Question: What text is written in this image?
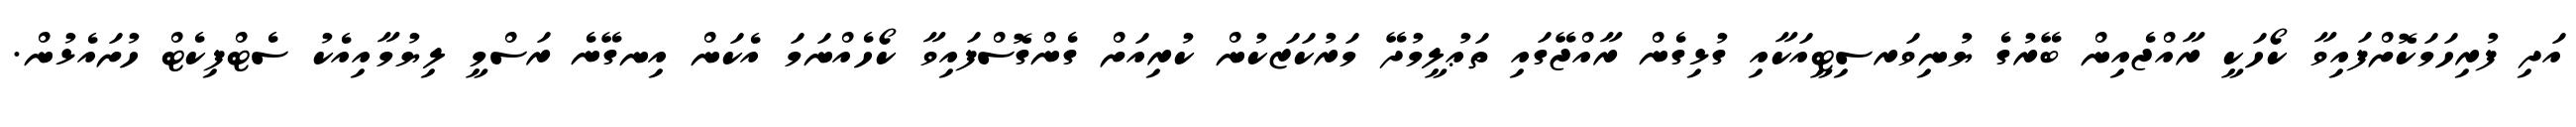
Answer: އަދި ފުރިހަމަކޮށްފައިވާ ކޯހަކީ ރާއްޖެއިން ބޭރުގެ ޔުނިވަރސިޓީއަކާއި ގުޅިގެން ރާއްޖޭގައި ތަޢުލީމުދޭ މަރުކަޒަކުން ކުރިއަށް ގެންގޮސްފައިވާ ކޯހެއްނަމަ އެކަން އިނގޭނެ ރަސްމީ ލިޔުމާއިއެކު ސެޓްފިކެޓް ހުށައެޅުން.